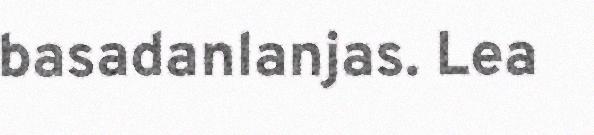
basadanlanjas. Lea